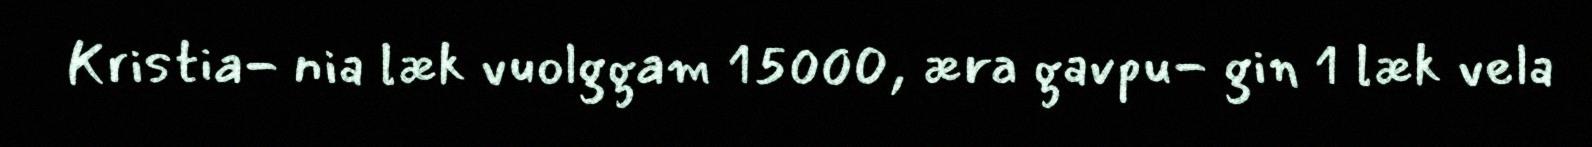
Kristia- nia læk vuolggam 15000, æra gavpu- gin 1 læk vela